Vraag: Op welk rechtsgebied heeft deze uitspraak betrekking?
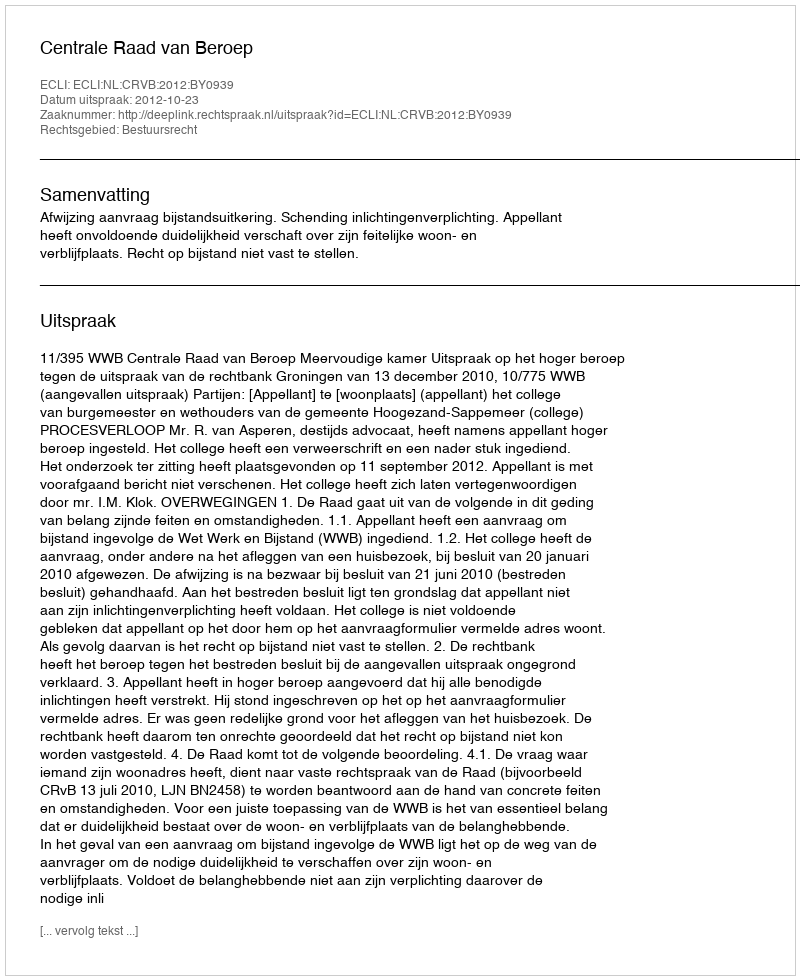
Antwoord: Bestuursrecht